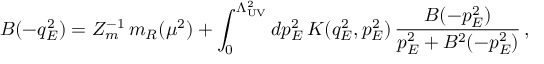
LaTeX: B ( - q _ { E } ^ { 2 } ) = Z _ { m } ^ { - 1 } \, m _ { R } ( \mu ^ { 2 } ) + \int _ { 0 } ^ { \Lambda _ { \mathrm { U V } } ^ { 2 } } d p _ { E } ^ { 2 } \, K ( q _ { E } ^ { 2 } , p _ { E } ^ { 2 } ) \, \frac { B ( - p _ { E } ^ { 2 } ) } { p _ { E } ^ { 2 } + B ^ { 2 } ( - p _ { E } ^ { 2 } ) } \, ,